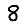
Digit: 8